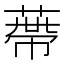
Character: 蔕